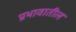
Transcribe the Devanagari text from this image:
प्रभावातील